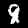
Digit: 8